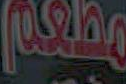
مطعم